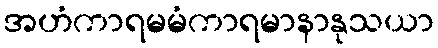
အဟံကာရမမံကာရမာနာနုသယာ